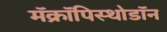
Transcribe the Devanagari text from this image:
मॅक्रॉपिस्थोडॉन